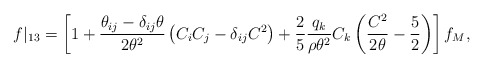
\begin{align*} f|_{13} = \left[ 1 + \frac{\theta_{ij} - \delta_{ij} \theta}{2\theta^2} \left( C_i C_j - \delta_{ij} C^2 \right) + \frac{2}{5} \frac{q_k}{\rho \theta^2} C_k \left( \frac{C^2}{2 \theta} - \frac{5}{2} \right)\right] f_M,\end{align*}